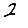
Digit: 2